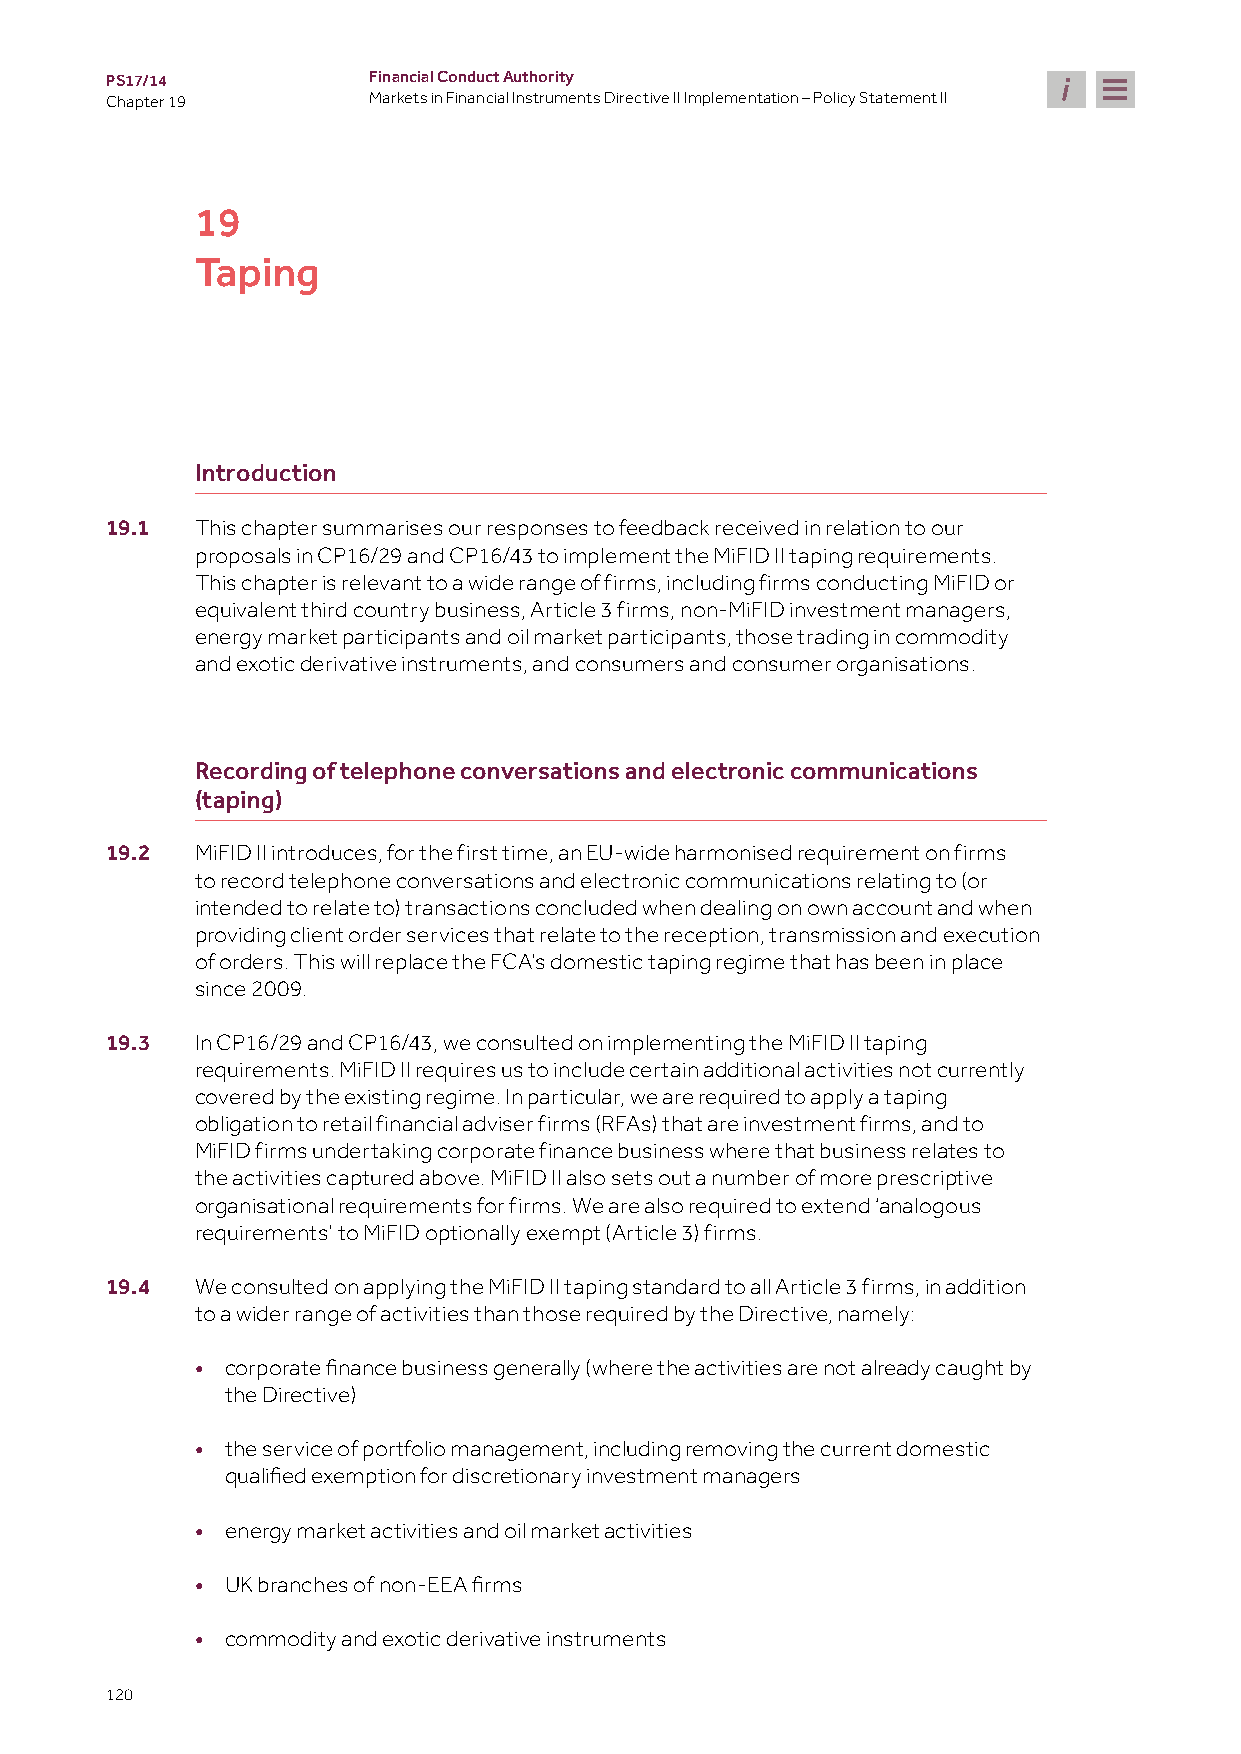
PS17/14          Financial Conduct Authority
 Chapter 19       Markets in Financial Instruments Directive II Implementation – Policy Statement II
 19
 Taping
 Introduction
 19.1  This chapter summarises our responses to feedback received in relation to our
 proposals in CP16/29 and CP16/43 to implement the MiFID II taping requirements.
 This chapter is relevant to a wide range of firms, including firms conducting MiFID or
 equivalent third country business, Article 3 firms, non-MiFID investment managers,
 energy market participants and oil market participants, those trading in commodity
 and exotic derivative instruments, and consumers and consumer organisations.
 Recording of telephone conversations and electronic communications
 (taping)
 19.2  MiFID II introduces, for the first time, an EU-wide harmonised requirement on firms
 to record telephone conversations and electronic communications relating to (or
 intended to relate to) transactions concluded when dealing on own account and when
 providing client order services that relate to the reception, transmission and execution
 of orders. This will replace the FCA’s domestic taping regime that has been in place
 since 2009.
 19.3  In CP16/29 and CP16/43, we consulted on implementing the MiFID II taping
 requirements. MiFID II requires us to include certain additional activities not currently
 covered by the existing regime. In particular, we are required to apply a taping
 obligation to retail financial adviser firms (RFAs) that are investment firms, and to
 MiFID firms undertaking corporate finance business where that business relates to
 the activities captured above. MiFID II also sets out a number of more prescriptive
 organisational requirements for firms. We are also required to extend ‘analogous
 requirements’ to MiFID optionally exempt (Article 3) firms.
 19.4  We consulted on applying the MiFID II taping standard to all Article 3 firms, in addition
 to a wider range of activities than those required by the Directive, namely:
 •
 corporate finance business generally (where the activities are not already caught by
 the Directive)
 • the service of portfolio management, including removing the current domestic
 qualified exemption for discretionary investment managers
 • energy market activities and oil market activities
 •
 UK branches of non-EEA firms
 • commodity and exotic derivative instruments
 120